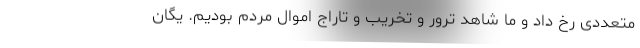
متعددی رخ داد و ما شاهد ترور و تخریب و تاراج اموال مردم بودیم. یگان